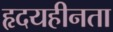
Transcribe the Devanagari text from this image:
हृदयहीनता